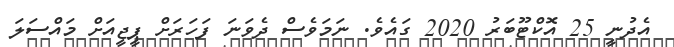
އެދުނީ 25 އޮކްޓޫބަރު 2020 ގައެވެ. ނަމަވެސް ދެވަނަ ފަހަރަށް ޕީޖީއަށް މައްސަލަ